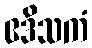
ဧဒိသကံ